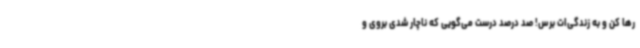
رها کن و به زندگی‌ات برس! صد درصد درست می‌گویی که ناچار شدی بروی و